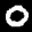
Label: 0